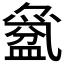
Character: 𱲕